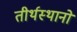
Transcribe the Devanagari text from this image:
तीर्थस्थानो